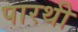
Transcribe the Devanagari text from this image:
पारथी